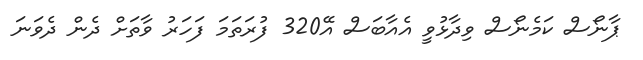
ޕާނޯސް ކަމެނޯސް ވިދާޅުވީ އެއާބަސް އޭ320 ފުރަތަމަ ފަހަރު ވާތަށް ދެން ދެވަނަ